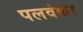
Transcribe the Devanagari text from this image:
पलवंकर